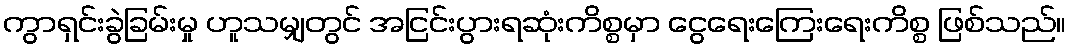
ကွာရှင်းခွဲခြမ်းမှု ဟူသမျှတွင် အငြင်းပွားရဆုံးကိစ္စမှာ ငွေရေးကြေးရေးကိစ္စ ဖြစ်သည်။